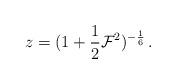
LaTeX: \begin{align*}z= ({1+{1\over2}{\cal F}^2})^{-{1\over6}} \, .\end{align*}